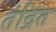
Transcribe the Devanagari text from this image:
तंद्रित